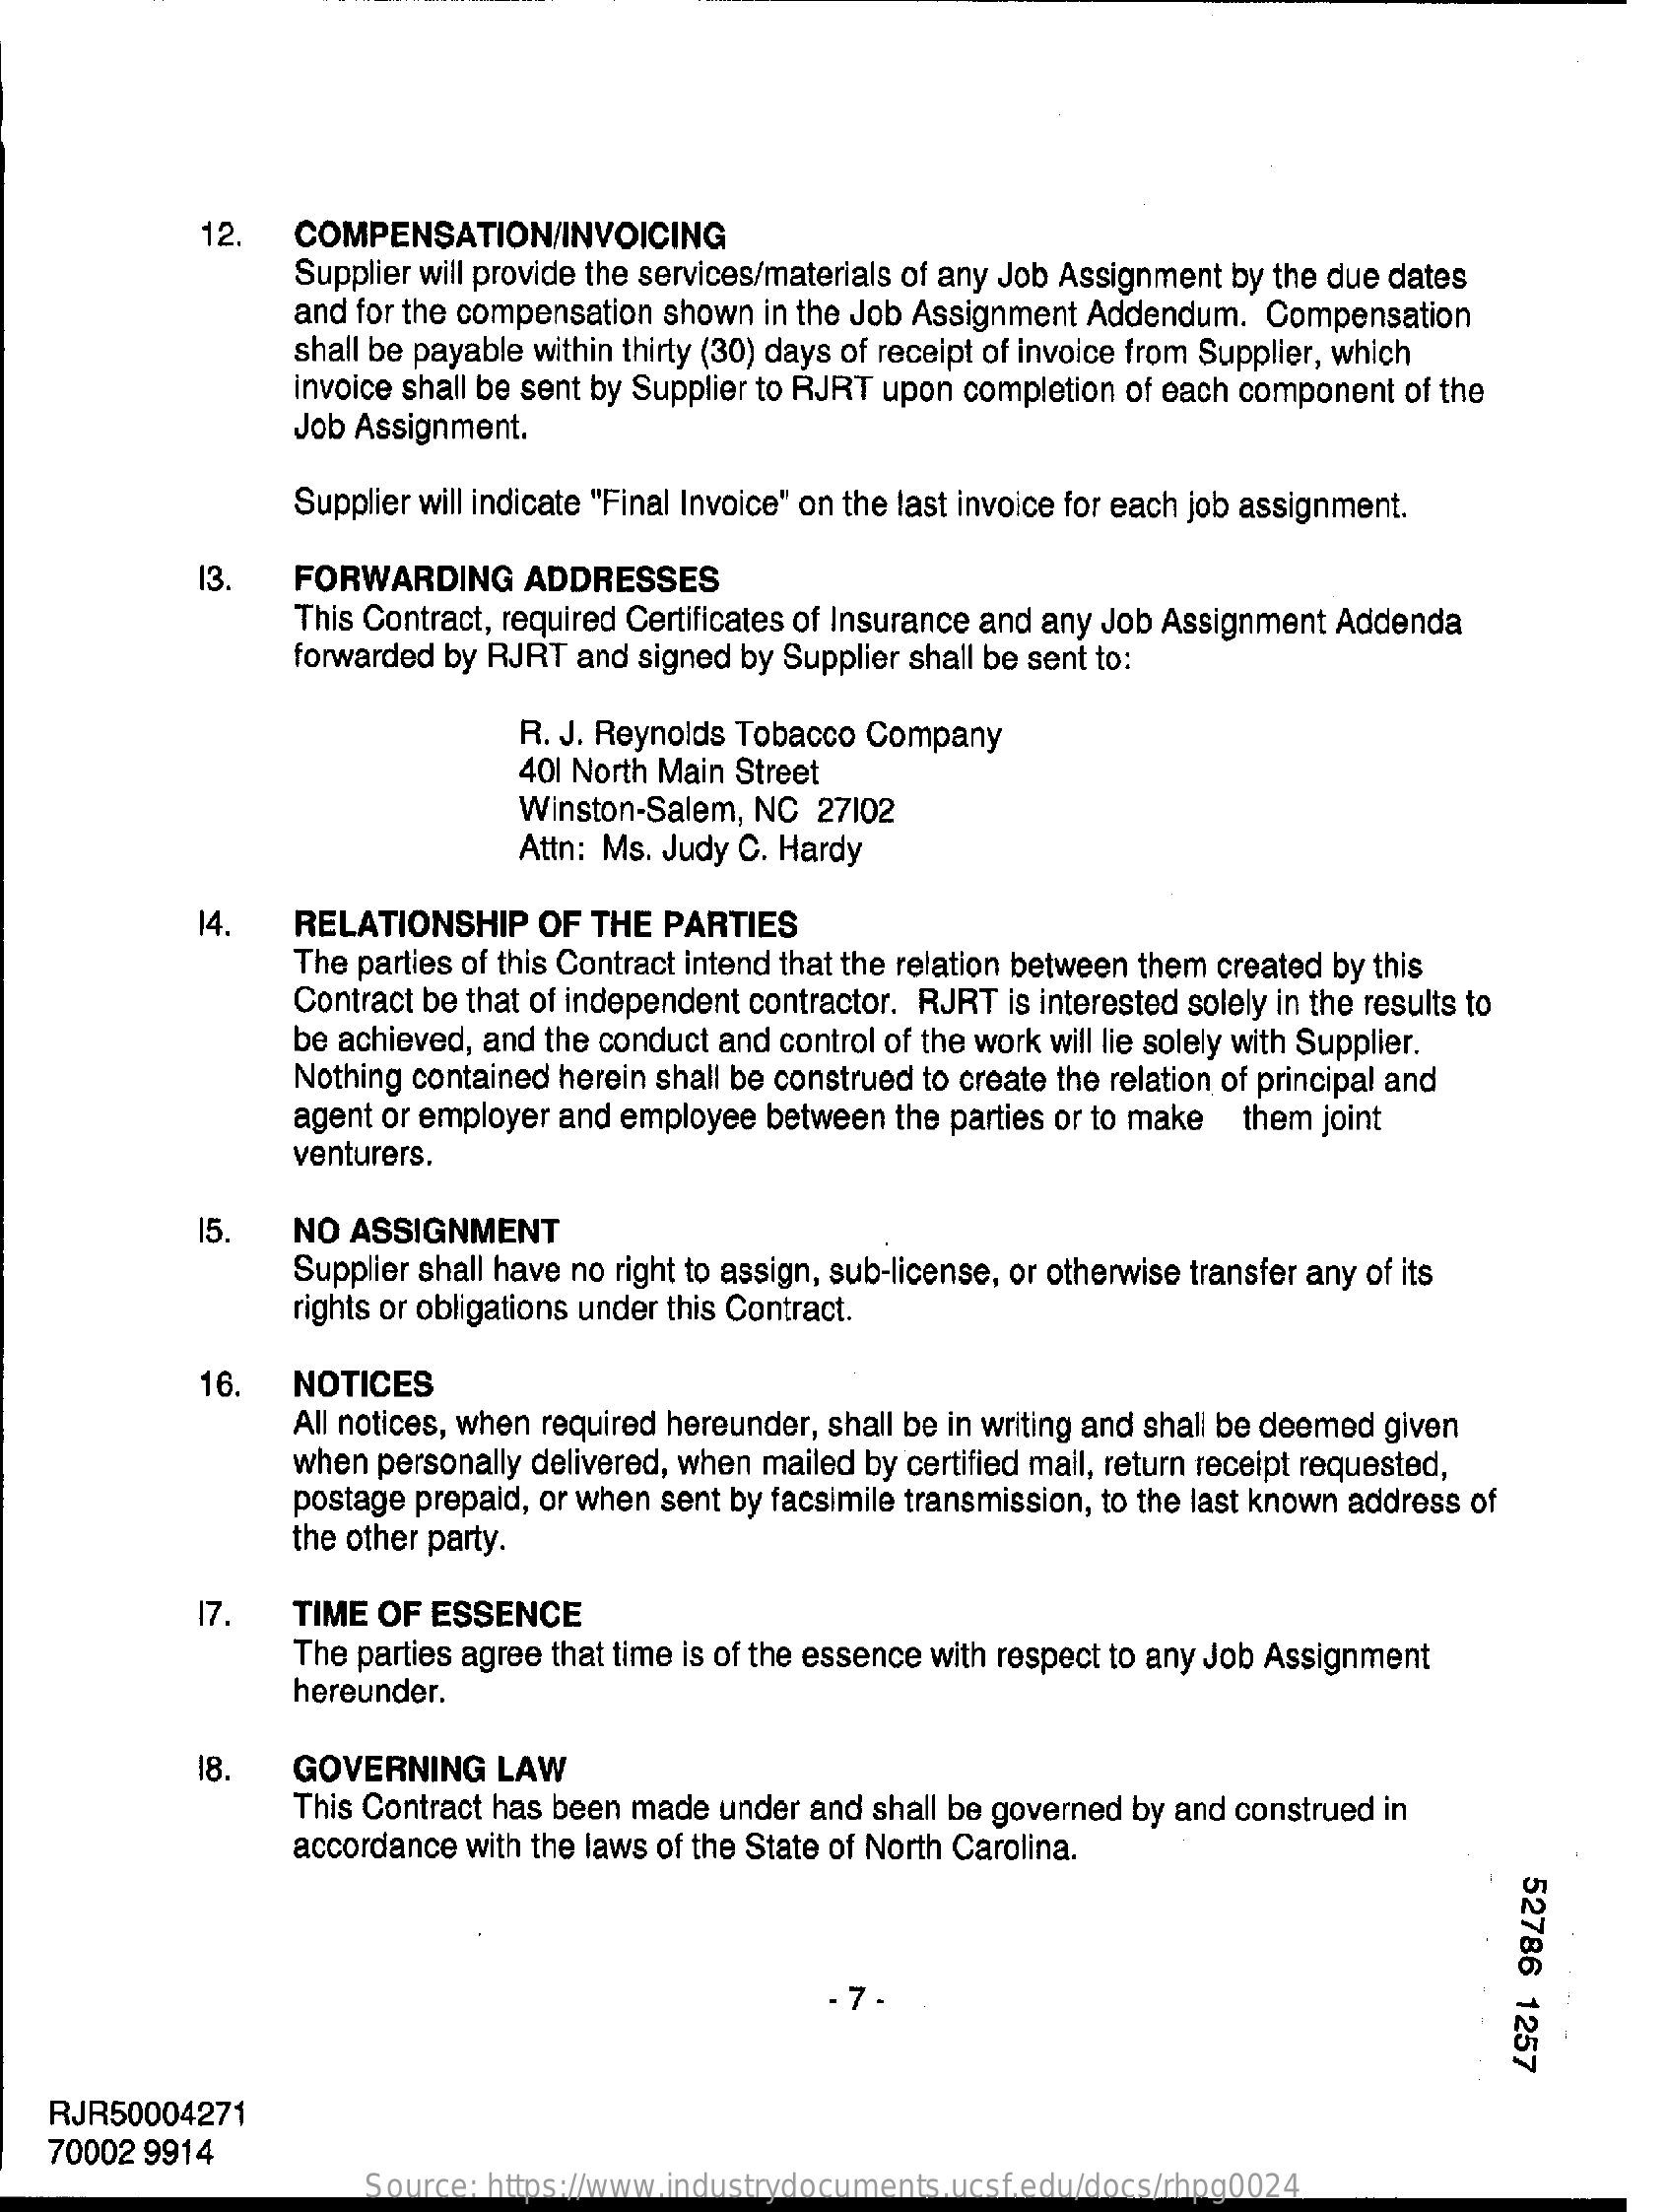
12.  COMPENSATION/INVOICING
     Supplier will provide the services/materials of any Job Assignment by the due dates
     and for the compensation shown in the Job Assignment Addendum. Compensation
     shall be payable within thirty (30) days of receipt of invoice from Supplier, which
     invoice shall be sent by Supplier to RJRT upon completion of each component of the
     Job Assignment.
     Supplier will indicate "Final Invoice" on the last invoice for each job assignment.
     13.  FORWARDING    ADDRESSES
     This Contract, required Certificates of Insurance and any Job Assignment Addenda
     forwarded by RJRT and signed by Supplier shall be sent to:
     R. J. Reynolds Tobacco Company
     401 North Main Street
     Winston-Salem, NC 27102
     Attn: Ms. Judy C. Hardy
     14.  RELATIONSHIP   OF THE  PARTIES
     The parties of this Contract intend that the relation between them created by this
     Contract be that of independent contractor. RJRT is interested solely in the results to
     be achieved, and the conduct and control of the work will lie solely with Supplier.
     Nothing contained herein shall be construed to create the relation of principal and
     agent or employer and employee between the parties or to make them joint
     venturers.
     15.   NO ASSIGNMENT
     Supplier shall have no right to assign, sub-license, or otherwise transfer any of its
     rights or obligations under this Contract.
     16.  NOTICES
     All notices, when required hereunder, shall be in writing and shall be deemed given
     when personally delivered, when mailed by certified mail, return receipt requested,
     postage prepaid, or when sent by facsimile transmission, to the last known address of
     the other party.
     17.  TIME OF ESSENCE
     The parties agree that time is of the essence with respect to any Job Assignment
     hereunder.
     18.   GOVERNING   LAW
     This Contract has been made under and shall be governed by and construed in
     accordance with the laws of the State of North Carolina.
     52786
     1257
     - 7 .
   RJR50004271
   70002 9914
     Source: https://www.industrydocuments.ucsf.edu/docs/rhpg0024